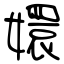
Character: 嬛